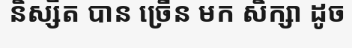
និស្សិត បាន ច្រើន មក សិក្សា ដូច